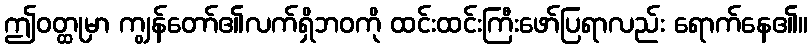
ဤဝတ္ထုမှာ ကျွန်တော်၏လက်ရှိဘဝကို ထင်းထင်းကြီးဖော်ပြရာလည်း ရောက်နေ၏။